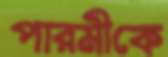
পারমীকে